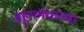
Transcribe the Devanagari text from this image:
बहुगर्भधारणा